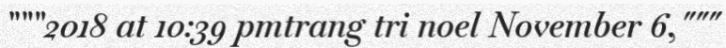
"""2018 at 10:39 pmtrang tri noel November 6,"""